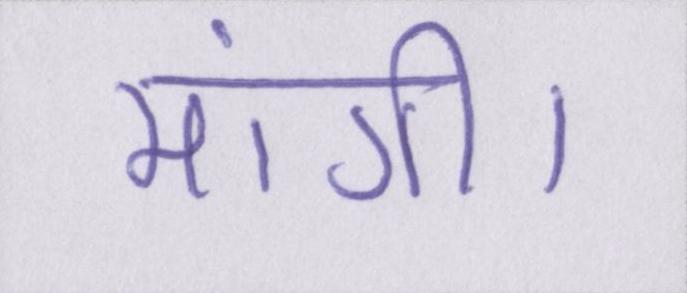
मांगी।